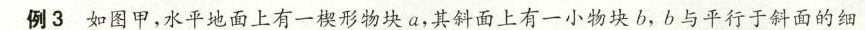
例3如图甲，水平地面上有一形物块a，其斜面上有一小物块b，b与平行于斜面的细